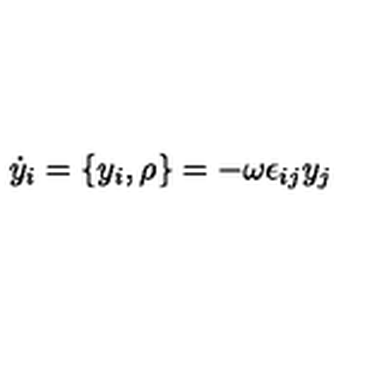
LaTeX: \dot { y } _ { i } = \{ y _ { i } , \rho \} = - \omega \epsilon _ { i j } y _ { j }